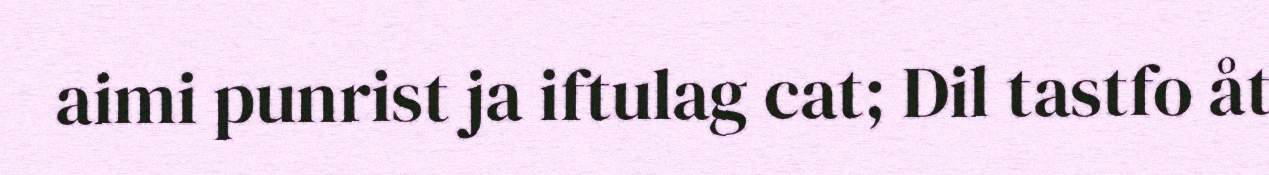
aimi punrist ja iftulag cat; Dil tastfo åt